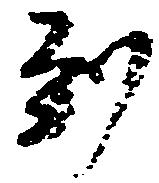
到